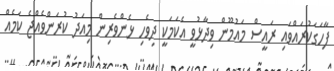
ފާހަގަކުރައްވައި ރައީސް މައުމޫން ވިދާޅުވީ އެކަމަކީ ދިވެހި ޅެންވެރިން މިއަދު ކުރަންވެއްޖެ ކަމެއް